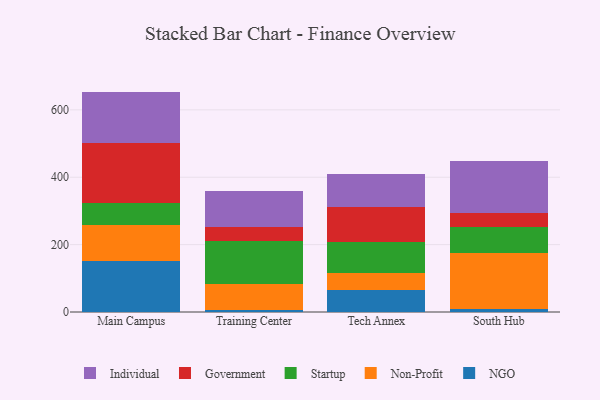
{"axis": {"x": "Campus", "y": "Conversion Rate (%)"}, "legend": ["Government", "Individual", "NGO", "Non-Profit", "Startup"], "data": [{"x": "Main Campus", "y": 152.4, "type": "NGO"}, {"x": "Main Campus", "y": 105.4, "type": "Non-Profit"}, {"x": "Main Campus", "y": 64.4, "type": "Startup"}, {"x": "Main Campus", "y": 178.8, "type": "Government"}, {"x": "Main Campus", "y": 153.2, "type": "Individual"}, {"x": "Training Center", "y": 7.1, "type": "NGO"}, {"x": "Training Center", "y": 74.6, "type": "Non-Profit"}, {"x": "Training Center", "y": 127.7, "type": "Startup"}, {"x": "Training Center", "y": 44.3, "type": "Government"}, {"x": "Training Center", "y": 106.6, "type": "Individual"}, {"x": "Tech Annex", "y": 64.1, "type": "NGO"}, {"x": "Tech Annex", "y": 51.2, "type": "Non-Profit"}, {"x": "Tech Annex", "y": 91.6, "type": "Startup"}, {"x": "Tech Annex", "y": 103.9, "type": "Government"}, {"x": "Tech Annex", "y": 99.6, "type": "Individual"}, {"x": "South Hub", "y": 8.8, "type": "NGO"}, {"x": "South Hub", "y": 167.4, "type": "Non-Profit"}, {"x": "South Hub", "y": 76.4, "type": "Startup"}, {"x": "South Hub", "y": 42.7, "type": "Government"}, {"x": "South Hub", "y": 151.6, "type": "Individual"}]}